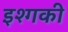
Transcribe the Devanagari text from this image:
इश्गकी